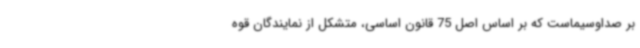
بر صداوسیماست که بر اساس اصل 75 قانون اساسی، متشکل از نمایندگان قوه